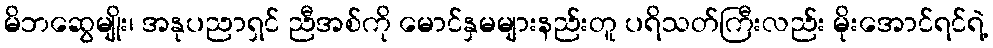
မိဘဆွေမျိုး၊ အနုပညာရှင် ညီအစ်ကို မောင်နှမများနည်းတူ ပရိသတ်ကြီးလည်း မိုးအောင်ရင်ရဲ့